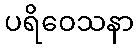
ပရိဝေသနာ